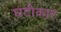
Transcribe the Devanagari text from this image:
घटीकार